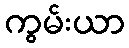
ကွမ်းယာ